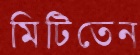
মিটিতেন